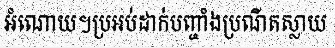
អំណោយ។ប្រអប់ដាក់បញ្ចាំងប្រណីតស្លាយ